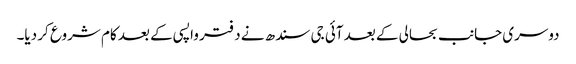
دوسری جانب بحالی کے بعد آئی جی سندھ نے دفتر واپسی کے بعد کام شروع کر دیا۔